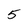
Character: 5